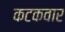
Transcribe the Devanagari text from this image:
कटकवार